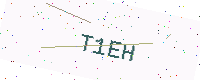
Text: T1EH